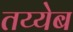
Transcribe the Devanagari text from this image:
तय्येब